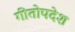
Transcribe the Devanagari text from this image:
गीतोपदेश